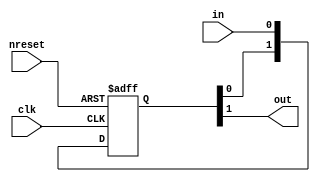
//#############################################################################
//# Function: Data Syncrhonizer                                               #
//#############################################################################
//# Author:   Andreas Olofsson                                                #
//# License:  MIT (see LICENSE file in OH! repository)                        #
//#############################################################################

module asic_dsync #(parameter PROP = "DEFAULT")   (
    input  clk,    // clock
    input  nreset, // async active low reset
    input  in,     // input data
    output out     // synchronized data
    );

   localparam SYNCPIPE=2;

   reg [SYNCPIPE-1:0] sync_pipe;
   always @ (posedge clk or negedge nreset)
     if(!nreset)
       sync_pipe[SYNCPIPE-1:0] <= 'b0;
     else
       sync_pipe[SYNCPIPE-1:0] <= {sync_pipe[SYNCPIPE-1:0],in};

   assign out = sync_pipe[SYNCPIPE-1];

endmodule